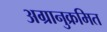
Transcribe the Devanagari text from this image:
अग्रानुक्रमित